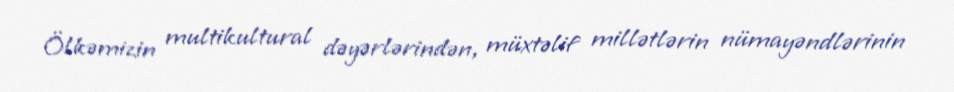
Ölkəmizin multikultural dəyərlərindən, müxtəlif millətlərin nümayəndlərinin